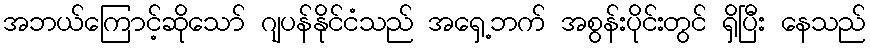
အဘယ်ကြောင့်ဆိုသော် ဂျပန်နိုင်ငံသည် အရှေ့ဘက် အစွန်းပိုင်းတွင် ရှိပြီး နေသည်